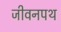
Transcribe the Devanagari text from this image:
जीवनपथ